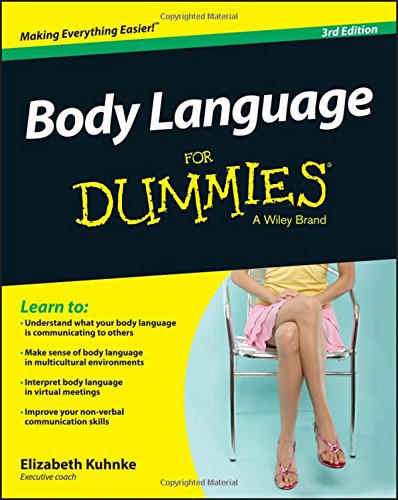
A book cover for Body Language For Dummies; Elizabeth Kuhnke; Medical Books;